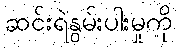
ဆင်းရဲနွမ်းပါးမှုကို